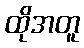
ထိုအတူ